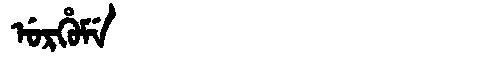
Manchu: ᡠᡵᡥᡠᠮᡝ
Romanization: URHUME